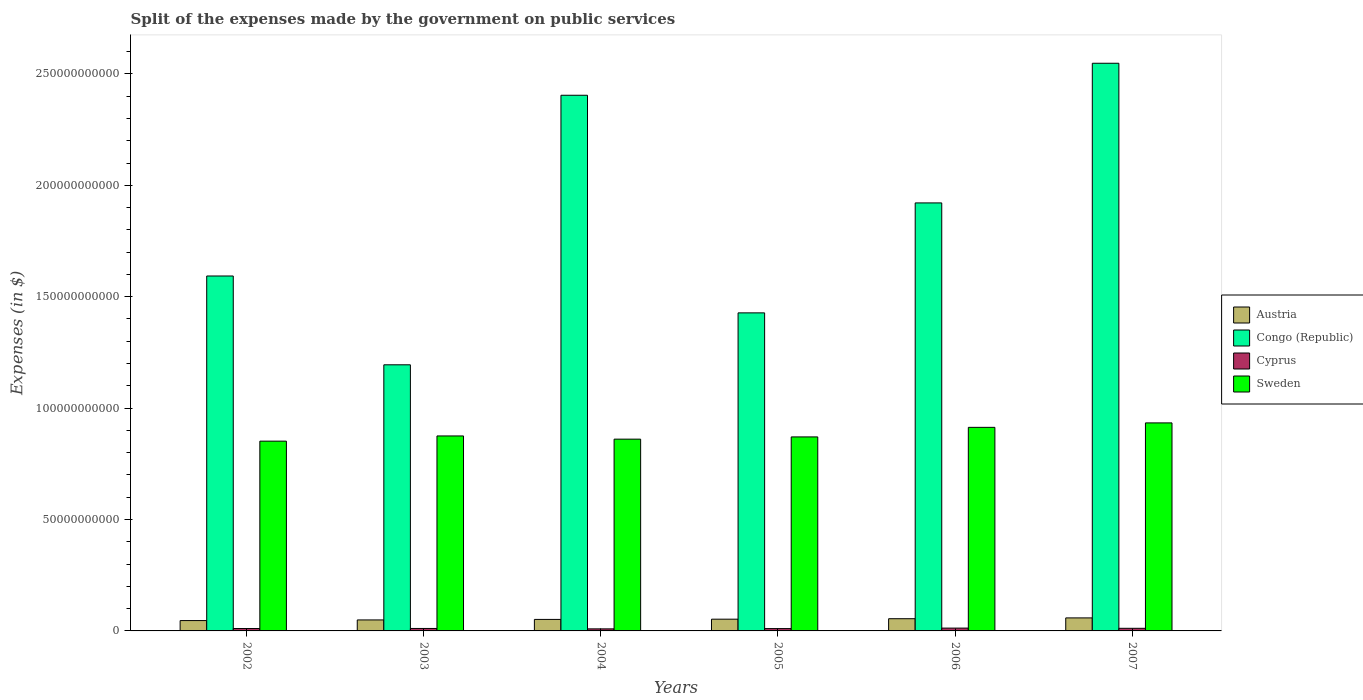
| Years | Austria | Congo (Republic) | Cyprus | Sweden |
 | --- | --- | --- | --- | --- |
 | 2002 | 4.65e+09 | 1.59e+11 | 1.07e+09 | 8.52e+10 |
 | 2003 | 4.93e+09 | 1.19e+11 | 1.11e+09 | 8.75e+10 |
 | 2004 | 5.16e+09 | 2.4e+11 | 9.25e+08 | 8.61e+10 |
 | 2005 | 5.27e+09 | 1.43e+11 | 1.05e+09 | 8.71e+10 |
 | 2006 | 5.48e+09 | 1.92e+11 | 1.26e+09 | 9.14e+10 |
 | 2007 | 5.84e+09 | 2.55e+11 | 1.17e+09 | 9.34e+10 |